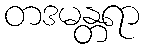
တဒမန္တရာ